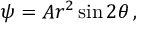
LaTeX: \psi = A r ^ { 2 } \sin 2 \theta \, ,